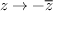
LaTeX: z \rightarrow - { \overline { { z } } }